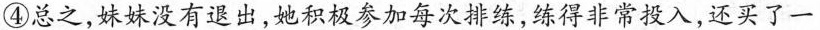
④总之，妹妹没有退出，她积极参加每次排练，练得非常投入，还买了一